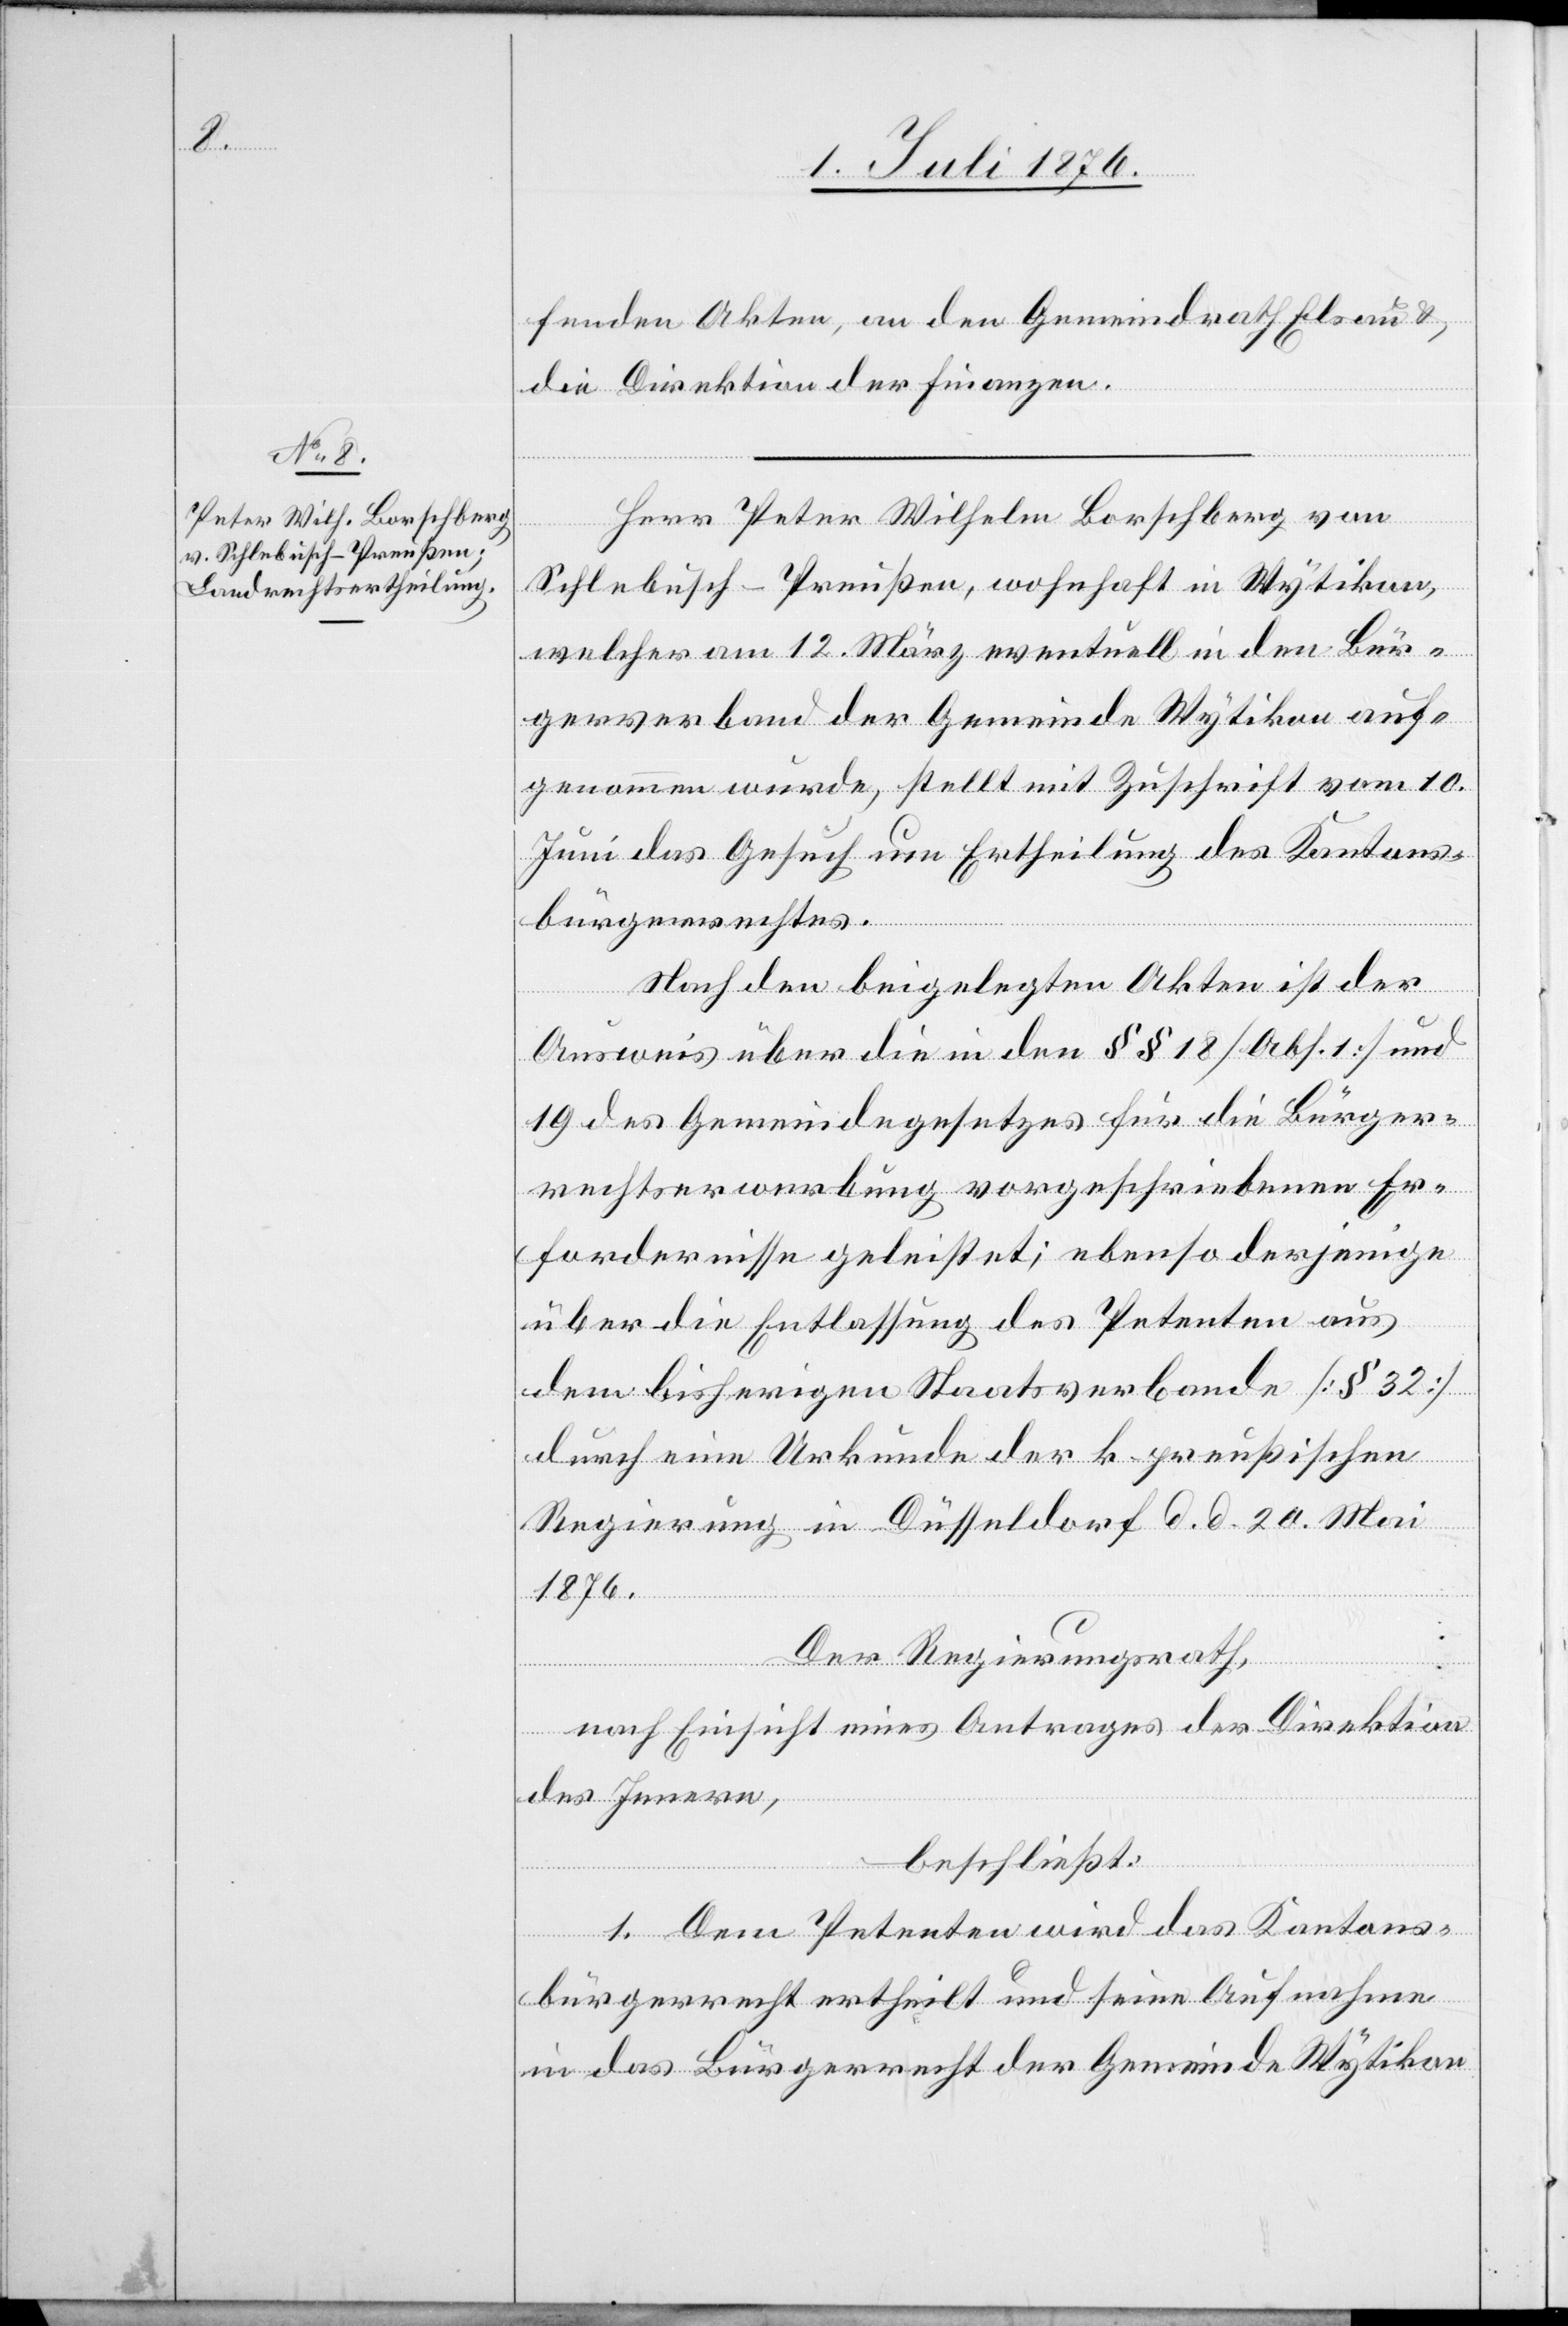
fenden Akten, an den Gemeindrath Elsau &
die Direktion der Finanzen.
Herr Peter Wilhelm Borschberg von
Schlebusch - Preußen, wohnhaft in Wytikon,
welcher am 12. März eventuell in den Bür¬
gerverband der Gemeinde Wytikon auf¬
genommen wurde, stellt mit Zuschrift vom 10.
Juni das Gesuch um Ertheilung des Kantons¬
bürgerrechtes.
Nach den beigelegten Akten ist der
Ausweis über die in den §§ 18 [Abs. 1] und
19 des Gemeindegesetzes für die Bürger¬
rechtserwerbung vorgeschriebenen Er¬
fordernisse geleistet; ebenso derjenige
über die Entlassung des Petenten aus
dem bisherigen Staatsverbande [§ 32]
durch eine Urkunde der k. preußischen
Regierung in Düsseldorf d. d. 20. Mai
1876.
Der Regierungsrath,
nach Einsicht eines Antrages der Direktion
des Innern,
beschließt:
1. Dem Petenten wird das Kantons¬
bürgerrecht ertheilt und seine Aufnahme
in das Bürgerrecht der Gemeinde Wytikon